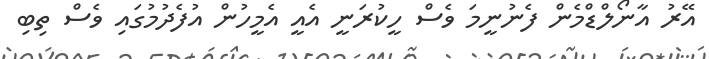
އޭރު އާނޯލްޑްމެން ފެނުނީމަ ވެސް ހީކުރަނީ އެއީ އެމީހުން އުފެދުމުގައި ވެސް ތިބި